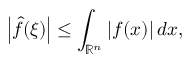
\left\vert { \hat { f } } ( \xi ) \right\vert \leq \int _ { \mathbb { R } ^ { n } } \vert f ( x ) \vert \, d x ,